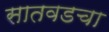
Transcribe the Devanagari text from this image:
सातवडचा